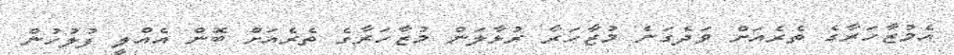
އެމުޒާހަރާގެ ތެރެއަށް ވަދެގަނެ މުޒާހަރާ ރުޅާލަން މުޒާހަރާގެ ތެރެއަށް ބޮން އެއްލީ ފުލުހުން